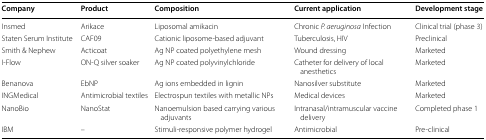
<table><thead><tr><td><b>Company</b></td><td><b>Product</b></td><td><b>Composition</b></td><td><b>Current application</b></td><td><b>Development stage</b></td></tr></thead><tbody><tr><td>Insmed</td><td>Arikace</td><td>Liposomal amikacin</td><td>Chronic <i>P. aeruginosa</i> Infection</td><td>Clinical trial (phase 3)</td></tr><tr><td>Staten Serum Institute</td><td>CAF09</td><td>Cationic liposome-based adjuvant</td><td>Tuberculosis, HIV</td><td>Preclinical</td></tr><tr><td>Smith &amp; Nephew</td><td>Acticoat</td><td>Ag NP coated polyethylene mesh</td><td>Wound dressing</td><td>Marketed</td></tr><tr><td>I-Flow</td><td>ON-Q silver soaker</td><td>Ag NP coated polyvinylchloride</td><td>Catheter for delivery of local anesthetics</td><td>Marketed</td></tr><tr><td>Benanova</td><td>EbNP</td><td>Ag ions embedded in lignin</td><td>Nanosilver substitute</td><td>Marketed</td></tr><tr><td>INGMedical</td><td>Antimicrobial textiles</td><td>Electrospun textiles with metallic NPs</td><td>Medical devices</td><td>Marketed</td></tr><tr><td>NanoBio</td><td>NanoStat</td><td>Nanoemulsion based carrying various adjuvants</td><td>Intranasal/intramuscular vaccine delivery</td><td>Completed phase 1</td></tr><tr><td>IBM</td><td>–</td><td>Stimuli-responsive polymer hydrogel</td><td>Antimicrobial</td><td>Pre-clinical</td></tr></tbody></table>